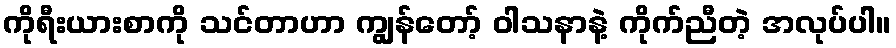
ကိုရီးယားစာကို သင်တာဟာ ကျွန်တော့် ဝါသနာနဲ့ ကိုက်ညီတဲ့ အလုပ်ပါ။